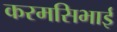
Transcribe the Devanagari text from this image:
करमसिभाई